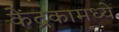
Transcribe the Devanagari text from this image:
केंद्रकामध्ये